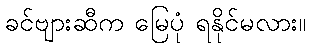
ခင်ဗျားဆီက မြေပုံ ရနိုင်မလား။